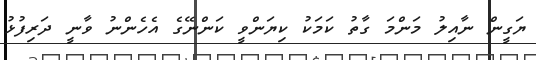
ޔަގީން ނާއިލު މަންމަ ގާތު ކަމަކު ކިޔަންވީ ކަންނޭގެ އެހެންނު ވާނީ ދަރިފުޅު